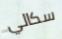
سكالي